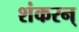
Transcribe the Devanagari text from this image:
शंकरन्